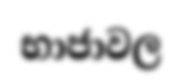
භාජාවල